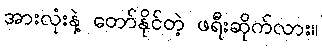
အားလုံးနဲ့ တော်နိုင်တဲ့ ဖရီးဆိုက်လား။